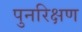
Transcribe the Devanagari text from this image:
पुनरिक्षण